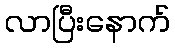
လာပြီးနောက်